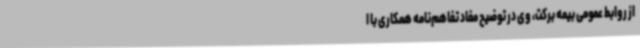
از روابط عمومی بیمه برکت، وی در توضیح مفاد تفاهم‌نامه همکاری با ا